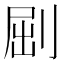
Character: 𠜾